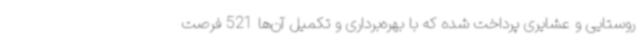
روستایی و عشایری پرداخت شده که با بهره‌برداری و تکمیل آن‌ها 521 فرصت